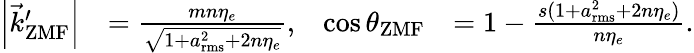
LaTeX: \begin{array}{rlrl}{{\left|{\vec{k}_{\mathrm{ZMF}}^{\prime}}\right|}}&{=\frac{mn\eta_{e}}{\sqrt{1+a_{\mathrm{rms}}^{2}+2n\eta_{e}}},}&{\cos\theta_{\mathrm{ZMF}}}&{=1-\frac{s(1+a_{\mathrm{rms}}^{2}+2n\eta_{e})}{n\eta_{e}}.}\end{array}